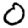
Digit: 0